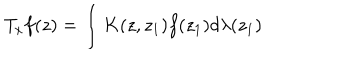
T _ { x } f ( z ) = \int K ( z , z _ { 1 } ) f ( z _ { 1 } ) d \lambda ( z _ { 1 } )